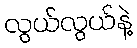
လွယ်လွယ်နဲ့